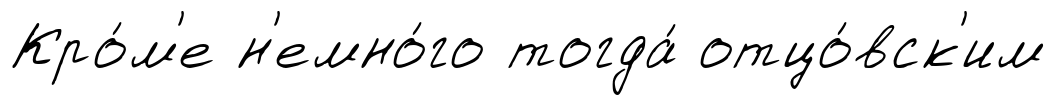
Кро́м'е н'емно́го тогда́ отцо́вск'им